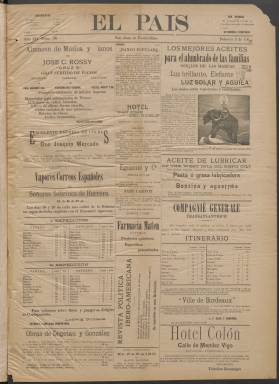
Título: El País (San Juan de Puerto Rico)
Colección: Periódicos
Ámbito geográfico: Puerto Rico
Lugar de publicación: San Juan de Puerto Rico
Fechas: 03/02/1897-10/04/1897